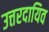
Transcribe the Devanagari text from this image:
उत्तरदायिव